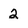
Character: 2